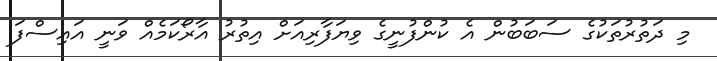
މި ދަތުރުތަކުގެ ސަބަބުން އެ ކުންފުނީގެ ވިޔަފާރިއަށް އިތުރު އާރޯކަމެއް ވަނީ އައިސްފަ